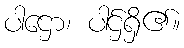
ပါဌော၊ ပါဌ်ရှိ၏။